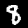
Digit: 8